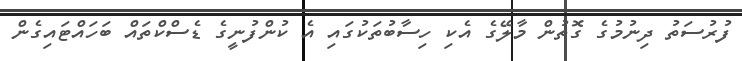
ފުރުސަތު ދިނުމުގެ ގޮތުން މާލޭގެ އެކި ހިސާބުތަކުގައި އެ ކުންފުނީގެ ޑެސްކްތައް ބަހައްޓައިގެން